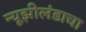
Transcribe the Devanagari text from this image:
न्यूझीलंडाचा